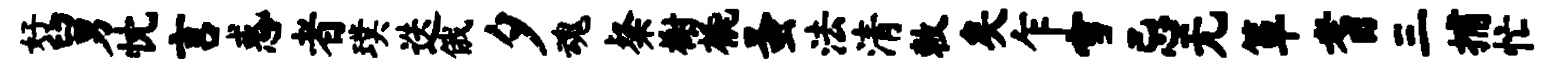
好舅忱言惑者璞迭俄夕魂粲榭橇蚤法清敕矣乍雪忌无箪耆三捕忙